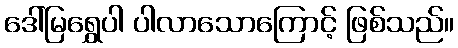
ဒေါ်မြရွှေပါ ပါလာသောကြောင့် ဖြစ်သည်။